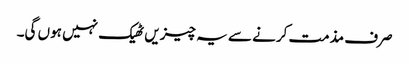
صرف مذمت کرنے سے یہ چیزیں ٹھیک نہیں ہوں گی۔